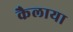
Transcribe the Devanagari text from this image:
कैलाया